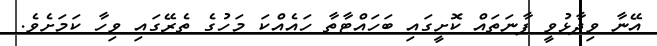
އޭނާ ވިދާޅުވީ ފާނަތައް ކޮށީގައި ބަހައްޓާތާ ހައެއްކަ މަހުގެ ތެރޭގައި ވިހާ ކަމަށެވެ.